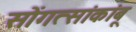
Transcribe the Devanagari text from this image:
सोंगत्सांकांबू